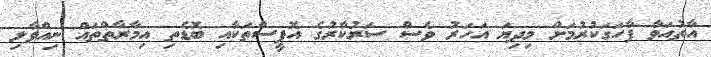
އާތުއަވާ ފާހަގަކުރުމަށް މިދިޔަ އަހަރު ވެސް ސަރުކާރުގެ އޮފީސްތަކާއި ބޮޑެތި އިމާރާތްތައް ނިއްވާލި